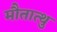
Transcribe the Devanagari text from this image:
मौतात्थु